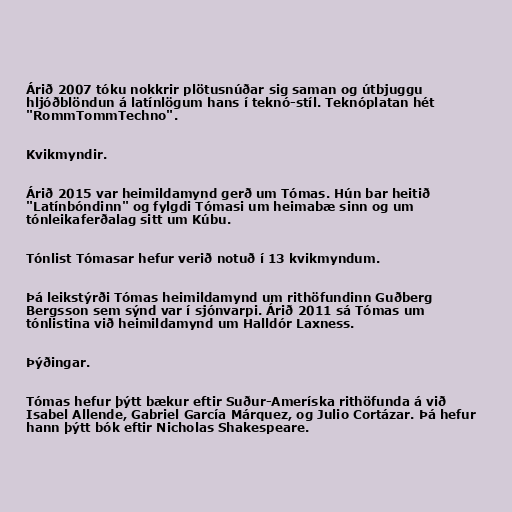
Árið 2007 tóku nokkrir plötusnúðar sig saman og útbjuggu
hljóðblöndun á latínlögum hans í teknó-stíl. Teknóplatan hét
"RommTommTechno".

Kvikmyndir.

Árið 2015 var heimildamynd gerð um Tómas. Hún bar heitið
"Latínbóndinn" og fylgdi Tómasi um heimabæ sinn og um
tónleikaferðalag sitt um Kúbu.

Tónlist Tómasar hefur verið notuð í 13 kvikmyndum.

Þá leikstýrði Tómas heimildamynd um rithöfundinn Guðberg
Bergsson sem sýnd var í sjónvarpi. Árið 2011 sá Tómas um
tónlistina við heimildamynd um Halldór Laxness.

Þýðingar.

Tómas hefur þýtt bækur eftir Suður-Ameríska rithöfunda á við
Isabel Allende, Gabriel García Márquez, og Julio Cortázar. Þá hefur
hann þýtt bók eftir Nicholas Shakespeare.